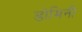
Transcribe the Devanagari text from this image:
डोमिनी